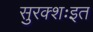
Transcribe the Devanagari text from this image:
सुरक्शःइत